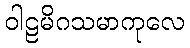
ဝါဠမိဂသမာကုလေ